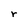
Character: r